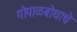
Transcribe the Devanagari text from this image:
गोपाळबोधाचे